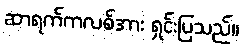
ဆာရက်ကလစ်အား ရှင်းပြသည်။